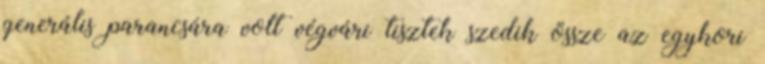
generális parancsára volt végvári tisztek szedik össze az egykori